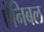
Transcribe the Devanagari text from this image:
ऐनिबल